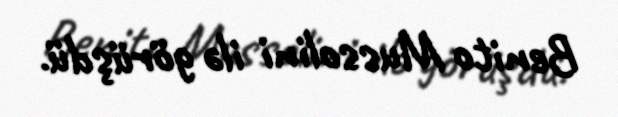
Benito Mussolini ilə görüşdü.